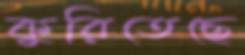
কুরিতেছে